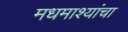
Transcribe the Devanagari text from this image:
मधमाश्यांंचा